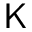
\mathsf { K }